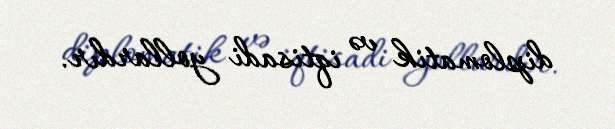
diplomatik və iqtisadi yollardır.